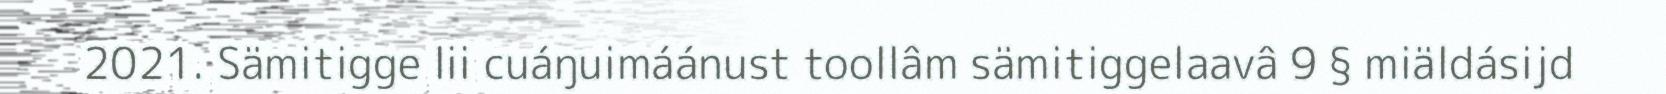
2021. Sämitigge lii cuáŋuimáánust toollâm sämitiggelaavâ 9 § miäldásijd